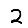
Digit: 2